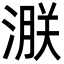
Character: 㴨